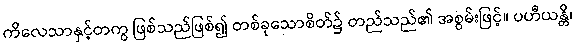
ကိလေသာနှင့်တကွ ဖြစ်သည်ဖြစ်၍ တစ်ခုသောစိတ်၌ တည်သည်၏ အစွမ်းဖြင့်။ ပဟီယန္တိ၊